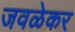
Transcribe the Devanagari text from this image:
जवळेकर